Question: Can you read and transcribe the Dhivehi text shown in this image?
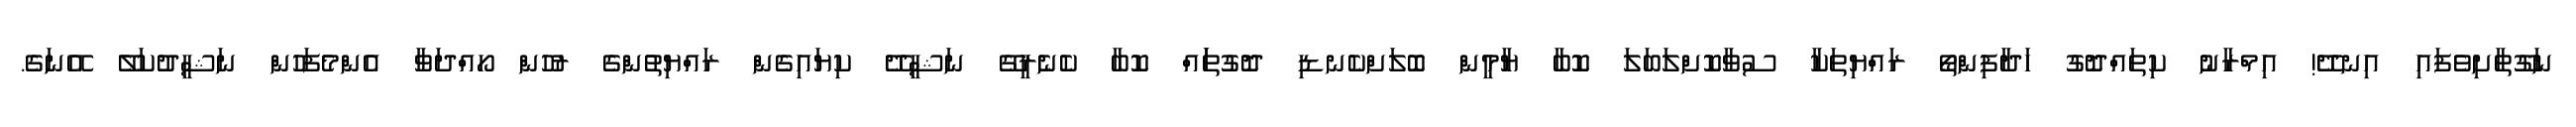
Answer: ނަގޫތާށިވެފައި އިނދޭ! އިމްރާނު ކިތައްދޮގު ހަދާފިންތޯ ރައްޔިތަކާ ސުވާކޮށްލަބަލަ ކޮބާ ޔާމީން ބޮލަށްކެނޑި ދޮގުތަައް ކޮބާ ކެނެރީގޭ ނަޝީދޭ ކިޔައިގެން ރައްޔިތުންގެ ރުހުން ހޯއްދަވާ އެންމެފަހުން ނަޝީދުކަލޭ އޭނަގެ.